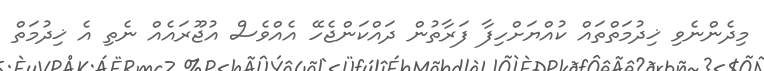
މިދެންނެވި ޚިދުމަތްތައް ކުއްޔަށްހިފާ ފަރާތުން ދައްކަންޖެހޭ އެއްވެސް އުޖޫރައެއް ނެތި އެ ޚިދުމަތް